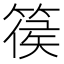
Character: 篌